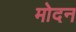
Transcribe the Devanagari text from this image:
मोदन